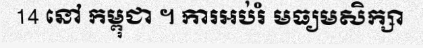
14 នៅ កម្ពុជា ។ ការអប់រំ មធ្យមសិក្សា